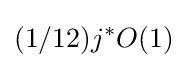
(1/12)j^{*}O(1)